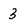
Character: 3